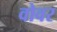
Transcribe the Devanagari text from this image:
वोवर